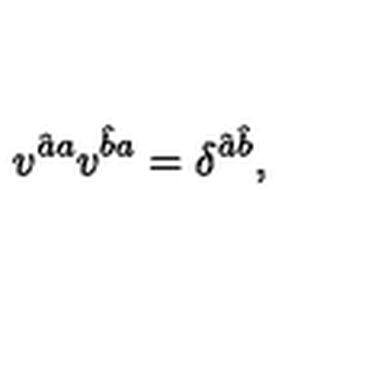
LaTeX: v ^ { \hat { a } a } v ^ { \hat { b } a } = \delta ^ { \hat { a } \hat { b } } ,